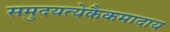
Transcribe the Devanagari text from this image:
समुदयत्येकैकमादाय